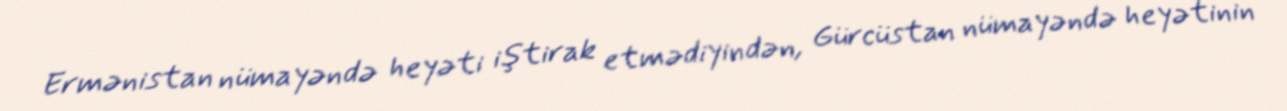
Ermənistan nümayəndə heyəti iştirak etmədiyindən, Gürcüstan nümayəndə heyətinin